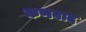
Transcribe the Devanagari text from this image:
कणवाद